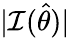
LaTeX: |{\mathcal{I}}({\widehat{\theta}})|